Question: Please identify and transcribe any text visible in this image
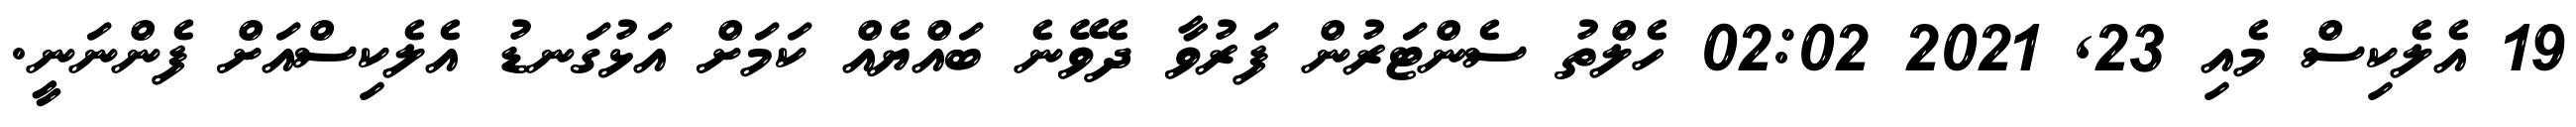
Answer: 19 އެލެކިސް މެއި 23, 2021 02:02 ހެލްތު ސެންޓަރުން ފަރުވާ ދެވޭނެ ބައްޔެއް ކަމަށް އަޅުގަނޑު އެލެކިސްއަށް ފެންނަނީ.